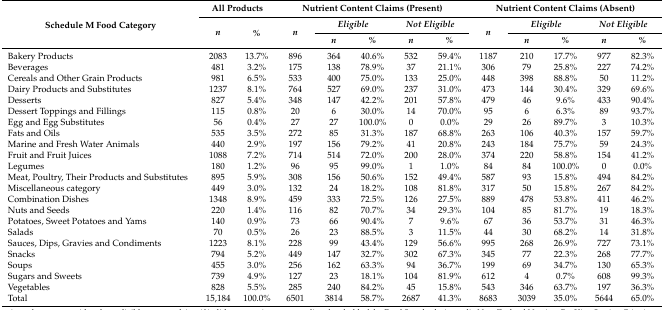
<table><thead><tr><td rowspan="3"><b>Schedule M Food Category </b></td><td colspan="2"><b>All Products</b></td><td colspan="5"><b>Nutrient Content Claims (Present)</b></td><td colspan="5"><b>Nutrient Content Claims (Absent)</b></td></tr><tr><td rowspan="2"><b><i>n</i></b></td><td rowspan="2"><b><i>%</i></b></td><td rowspan="2"><b><i>n</i></b></td><td colspan="2"><b><i>Eligible</i></b></td><td colspan="2"><b><i>Not Eligible</i></b></td><td rowspan="2"><b><i>n</i></b></td><td colspan="2"><b><i>Eligible</i></b></td><td colspan="2"><b><i>Not Eligible</i></b></td></tr><tr><td><b><i>n</i></b></td><td><b><i>%</i></b></td><td><b><i>n</i></b></td><td><b><i>%</i></b></td><td><b><i>n</i></b></td><td><b><i>%</i></b></td><td><b><i>n</i></b></td><td><b><i>%</i></b></td></tr></thead><tbody><tr><td>Bakery Products</td><td>2083</td><td>13.7%</td><td>896</td><td>364</td><td>40.6%</td><td>532</td><td>59.4%</td><td>1187</td><td>210</td><td>17.7%</td><td>977</td><td>82.3%</td></tr><tr><td>Beverages</td><td>481</td><td>3.2%</td><td>175</td><td>138</td><td>78.9%</td><td>37</td><td>21.1%</td><td>306</td><td>79</td><td>25.8%</td><td>227</td><td>74.2%</td></tr><tr><td>Cereals and Other Grain Products</td><td>981</td><td>6.5%</td><td>533</td><td>400</td><td>75.0%</td><td>133</td><td>25.0%</td><td>448</td><td>398</td><td>88.8%</td><td>50</td><td>11.2%</td></tr><tr><td>Dairy Products and Substitutes</td><td>1237</td><td>8.1%</td><td>764</td><td>527</td><td>69.0%</td><td>237</td><td>31.0%</td><td>473</td><td>144</td><td>30.4%</td><td>329</td><td>69.6%</td></tr><tr><td>Desserts</td><td>827</td><td>5.4%</td><td>348</td><td>147</td><td>42.2%</td><td>201</td><td>57.8%</td><td>479</td><td>46</td><td>9.6%</td><td>433</td><td>90.4%</td></tr><tr><td>Dessert Toppings and Fillings</td><td>115</td><td>0.8%</td><td>20</td><td>6</td><td>30.0%</td><td>14</td><td>70.0%</td><td>95</td><td>6</td><td>6.3%</td><td>89</td><td>93.7%</td></tr><tr><td>Egg and Egg Substitutes</td><td>56</td><td>0.4%</td><td>27</td><td>27</td><td>100.0%</td><td>0</td><td>0.0%</td><td>29</td><td>26</td><td>89.7%</td><td>3</td><td>10.3%</td></tr><tr><td>Fats and Oils</td><td>535</td><td>3.5%</td><td>272</td><td>85</td><td>31.3%</td><td>187</td><td>68.8%</td><td>263</td><td>106</td><td>40.3%</td><td>157</td><td>59.7%</td></tr><tr><td>Marine and Fresh Water Animals</td><td>440</td><td>2.9%</td><td>197</td><td>156</td><td>79.2%</td><td>41</td><td>20.8%</td><td>243</td><td>184</td><td>75.7%</td><td>59</td><td>24.3%</td></tr><tr><td>Fruit and Fruit Juices</td><td>1088</td><td>7.2%</td><td>714</td><td>514</td><td>72.0%</td><td>200</td><td>28.0%</td><td>374</td><td>220</td><td>58.8%</td><td>154</td><td>41.2%</td></tr><tr><td>Legumes</td><td>180</td><td>1.2%</td><td>96</td><td>95</td><td>99.0%</td><td>1</td><td>1.0%</td><td>84</td><td>84</td><td>100.0%</td><td>0</td><td>0.0%</td></tr><tr><td>Meat, Poultry, Their Products and Substitutes</td><td>895</td><td>5.9%</td><td>308</td><td>156</td><td>50.6%</td><td>152</td><td>49.4%</td><td>587</td><td>93</td><td>15.8%</td><td>494</td><td>84.2%</td></tr><tr><td>Miscellaneous category</td><td>449</td><td>3.0%</td><td>132</td><td>24</td><td>18.2%</td><td>108</td><td>81.8%</td><td>317</td><td>50</td><td>15.8%</td><td>267</td><td>84.2%</td></tr><tr><td>Combination Dishes </td><td>1348</td><td>8.9%</td><td>459</td><td>333</td><td>72.5%</td><td>126</td><td>27.5%</td><td>889</td><td>478</td><td>53.8%</td><td>411</td><td>46.2%</td></tr><tr><td>Nuts and Seeds</td><td>220</td><td>1.4%</td><td>116</td><td>82</td><td>70.7%</td><td>34</td><td>29.3%</td><td>104</td><td>85</td><td>81.7%</td><td>19</td><td>18.3%</td></tr><tr><td>Potatoes, Sweet Potatoes and Yams</td><td>140</td><td>0.9%</td><td>73</td><td>66</td><td>90.4%</td><td>7</td><td>9.6%</td><td>67</td><td>36</td><td>53.7%</td><td>31</td><td>46.3%</td></tr><tr><td>Salads</td><td>70</td><td>0.5%</td><td>26</td><td>23</td><td>88.5%</td><td>3</td><td>11.5%</td><td>44</td><td>30</td><td>68.2%</td><td>14</td><td>31.8%</td></tr><tr><td>Sauces, Dips, Gravies and Condiments </td><td>1223</td><td>8.1%</td><td>228</td><td>99</td><td>43.4%</td><td>129</td><td>56.6%</td><td>995</td><td>268</td><td>26.9%</td><td>727</td><td>73.1%</td></tr><tr><td>Snacks</td><td>794</td><td>5.2%</td><td>449</td><td>147</td><td>32.7%</td><td>302</td><td>67.3%</td><td>345</td><td>77</td><td>22.3%</td><td>268</td><td>77.7%</td></tr><tr><td>Soups</td><td>455</td><td>3.0%</td><td>256</td><td>162</td><td>63.3%</td><td>94</td><td>36.7%</td><td>199</td><td>69</td><td>34.7%</td><td>130</td><td>65.3%</td></tr><tr><td>Sugars and Sweets</td><td>739</td><td>4.9%</td><td>127</td><td>23</td><td>18.1%</td><td>104</td><td>81.9%</td><td>612</td><td>4</td><td>0.7%</td><td>608</td><td>99.3%</td></tr><tr><td>Vegetables</td><td>828</td><td>5.5%</td><td>285</td><td>240</td><td>84.2%</td><td>45</td><td>15.8%</td><td>543</td><td>346</td><td>63.7%</td><td>197</td><td>36.3%</td></tr><tr><td>Total</td><td>15,184</td><td>100.0%</td><td>6501</td><td>3814</td><td>58.7%</td><td>2687</td><td>41.3%</td><td>8683</td><td>3039</td><td>35.0%</td><td>5644</td><td>65.0%</td></tr></tbody></table>